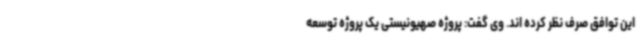
این توافق صرف نظر کرده اند. وی گفت: پروژه صهیونیستی یک پروژه توسعه